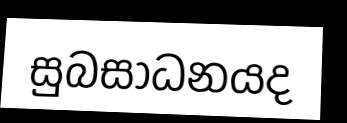
සුබසාධනයද